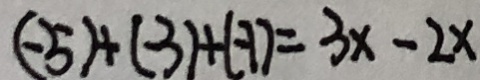
( - 5 ) + ( - 3 ) + ( - 1 ) = 3 x - 2 x